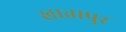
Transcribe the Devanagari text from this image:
खातापुर